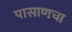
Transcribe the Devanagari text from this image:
पासाणचा